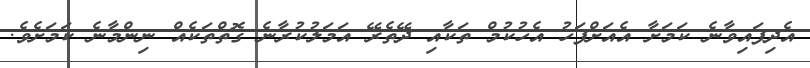
އެދިފައިވާނެ ކަމަށާ އެއަށްފަހު އެހުކުމް ތަކާއި ދޭތެރޭ އަމަލުކުރާނެ ގޮތްތަކެއް ނިންމާނެ ކަމަށެވެ.